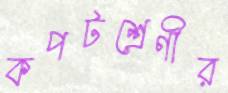
কপটশ্রেণীর